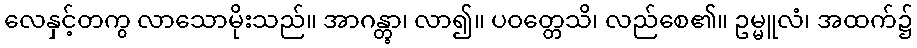
လေနှင့်တကွ လာသောမိုးသည်။ အာဂန္တွာ၊ လာ၍။ ပဝတ္တေသိ၊ လည်စေ၏။ ဥမ္မူလံ၊ အထက်၌